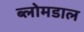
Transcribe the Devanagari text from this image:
ब्लोमडाल